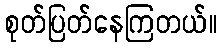
စုတ်ပြတ်နေကြတယ်။